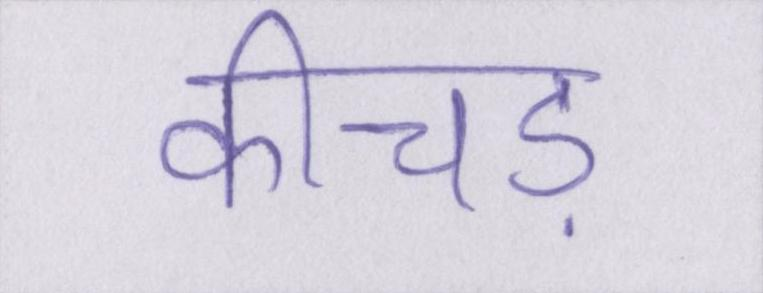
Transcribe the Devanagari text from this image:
कीचड़